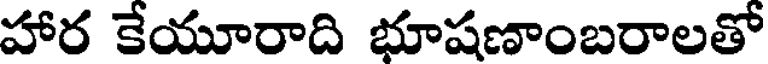
హార కేయూరాది భూషణాంబరాలతో